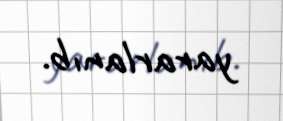
yararlanıb.